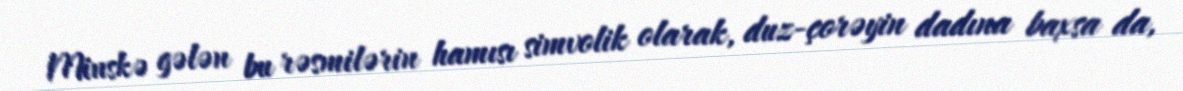
Minskə gələn bu rəsmilərin hamısı simvolik olarak, duz-çorəyin dadına baxsa da,